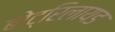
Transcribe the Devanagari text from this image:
बोट्रिलायड